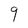
Character: 9